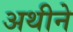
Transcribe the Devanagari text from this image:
अथीने